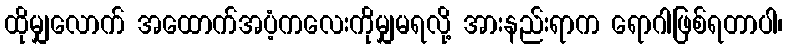
ထိုမျှလောက် အထောက်အပံ့ကလေးကိုမျှမရလို့ အားနည်းရာက ရောဂါဖြစ်ရတာပါ၊